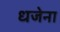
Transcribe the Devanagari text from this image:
धजेना